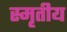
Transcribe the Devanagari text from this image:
स्मृतीय